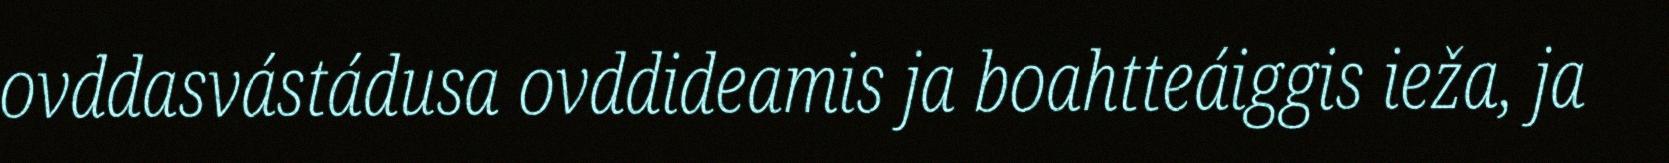
ovddasvástádusa ovddideamis ja boahtteáiggis ieža, ja